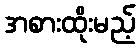
အစားထိုးမည့်